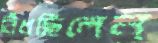
বিঁধছিলেন